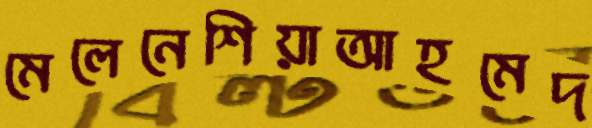
মেলেনেশিয়াআহমেদ